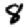
Digit: 8